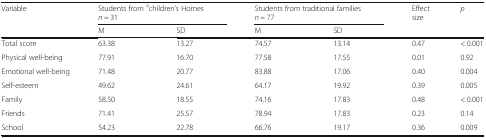
| <ROWSPAN=2> Variable | <COLSPAN=2> Students from achildren’s Homesn = 31 | <COLSPAN=2> Students from traditional familiesn = 77 | <ROWSPAN=2> Effect size | <ROWSPAN=2> p |
 | M | SD | M | SD |
 | --- | --- | --- | --- | --- | --- | --- |
 | Total score | 63.38 | 13.27 | 74.57 | 13.14 | 0.47 | < 0.001 |
 | Physical well-being | 77.91 | 16.70 | 77.58 | 17.55 | 0.01 | 0.92 |
 | Emotional well-being | 71.48 | 20.77 | 83.88 | 17.06 | 0.40 | 0.004 |
 | Self-esteem | 49.62 | 24.61 | 64.17 | 19.92 | 0.39 | 0.005 |
 | Family | 58.50 | 18.55 | 74.16 | 17.83 | 0.48 | < 0.001 |
 | Friends | 71.41 | 25.57 | 78.94 | 17.83 | 0.23 | 0.14 |
 | School | 54.23 | 22.78 | 66.76 | 19.17 | 0.36 | 0.009 |